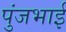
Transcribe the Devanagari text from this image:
पुंजभाई